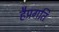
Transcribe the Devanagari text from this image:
हैप्रगति